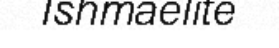
Ishmaelite